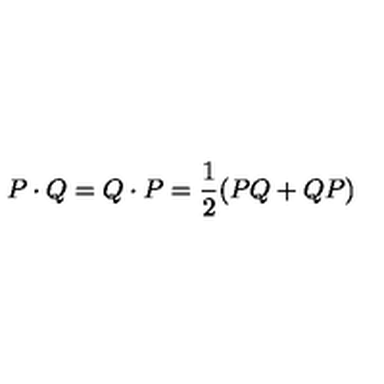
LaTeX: P \cdot Q = Q \cdot P = \frac { 1 } { 2 } ( P Q + Q P )